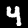
Label: 4